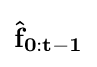
\mathbf {{\hat {f}}_{0:t-1}}